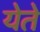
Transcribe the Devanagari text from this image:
येेते